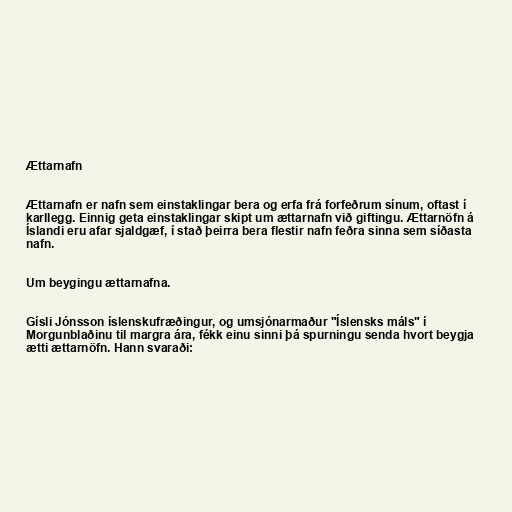
Ættarnafn

Ættarnafn er nafn sem einstaklingar bera og erfa frá forfeðrum sínum, oftast í
karllegg. Einnig geta einstaklingar skipt um ættarnafn við giftingu. Ættarnöfn á
Íslandi eru afar sjaldgæf, í stað þeirra bera flestir nafn feðra sinna sem síðasta
nafn.

Um beygingu ættarnafna.

Gísli Jónsson íslenskufræðingur, og umsjónarmaður "Íslensks máls" í
Morgunblaðinu til margra ára, fékk einu sinni þá spurningu senda hvort beygja
ætti ættarnöfn. Hann svaraði: